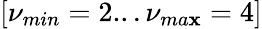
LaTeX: [\nu_{min}=2...\nu_{ma\mathbf{x}}=4]